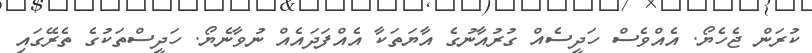
ކުރަން ޖެހެޔޯ. އެއްވެސް ހަދީސެއް ގުރުއާނުގެ އާޔަތަކާ އެއްފަދައެއް ނުވާނެޔޯ. ހަދީސްތަކުގެ ތެރޭގައި